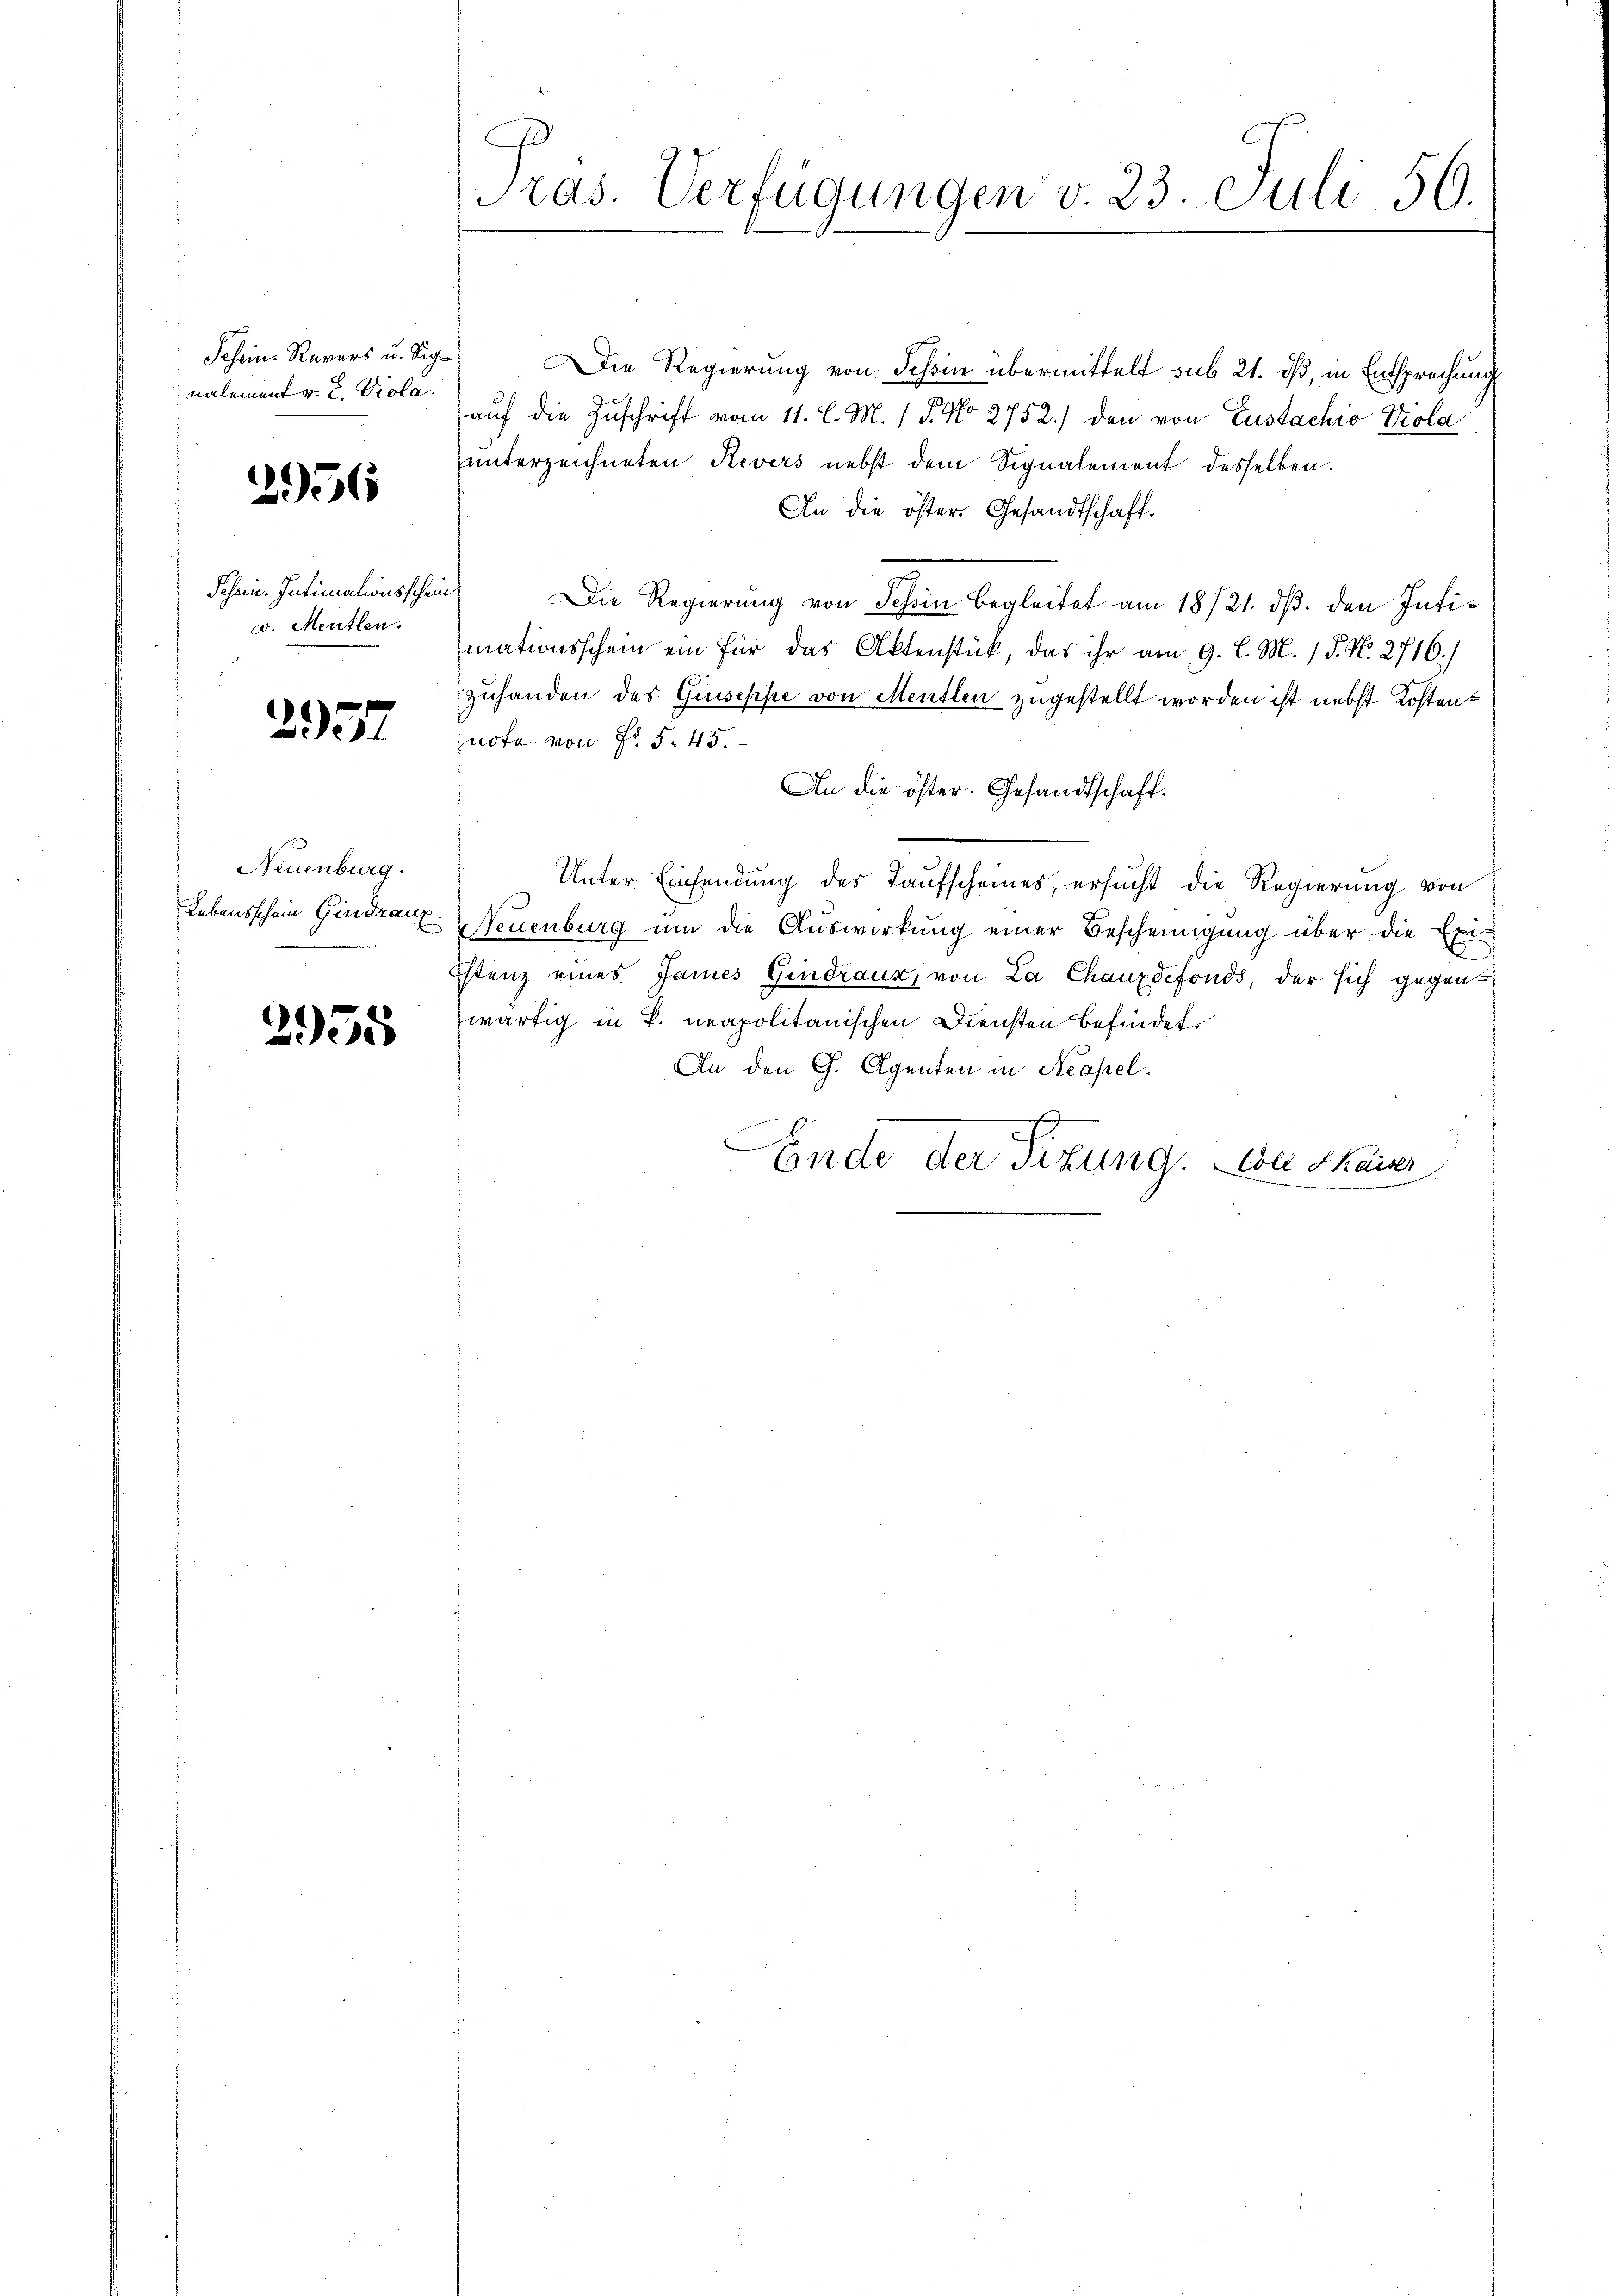
nalement v. 2. Viola.

2956

Schein. Intimationsschein
v. Mentlen.

2957

Neuenburg.

2955

Pras. Verfügungen v. 23. Juli 56.

Schein Revers u. Sig. Die Regierung von Tessin übermittelt sub 21. dß, in Entsprechung
auf die Zuschrift vom 11. l. M. 1 P. No 2752.) den von Zustachio Viola
unterzeichneten Revers nebst dem Signalement desselben.
An die öster. Gesandtschaft.
Die Regierung von Schin begleitet am 18/21. dβ. den Intimationsschein ein für das Aktenstück, das ihr am 9. l. M. 1. P. No. 2716./
zuhanden des Guseppe von Mentlen zugestellt worden ist nebst Kostenquote von Fr. 5. 45.
An die öster. Gesandtschaft.
Unter Einsendung des Taufscheines, ersucht die Regierung von
Lebensschein Gindran. Neuenburg um die Auswirkung einer Bescheinigung über die Exi-
Istenz eines James Gindraux, von La Chauxdefonds, der sich gegen
wärtig in P. neapolitanischen Diensten befindet.
An den G. Agenten in Neapel.
Ende der Sitzung. Da sains